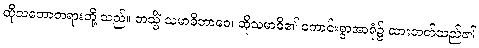
ထိုသဘောတရားတို့ သည်။ တသ္မိံ သမာဓိဘာဝေ၊ ထိုသမာဓိ၏ ကောင်းစွာအာရုံ၌ ထားတတ်သည်၏